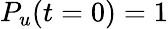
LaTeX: P_{u}(t=0)=1